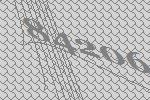
84206